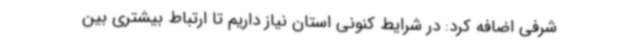
شرفی اضافه کرد: در شرایط کنونی استان نیاز داریم تا ارتباط بیشتری بین